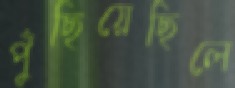
পুঁছিয়েছিলে